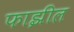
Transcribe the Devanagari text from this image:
फाझील